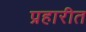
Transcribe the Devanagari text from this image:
प्रहारीत